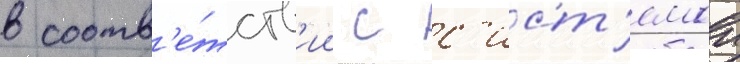
в соотв'е́тств'ии с с'ист'емои